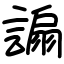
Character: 謆